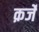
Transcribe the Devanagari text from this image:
क़र्जे